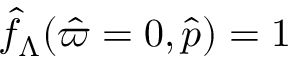
\hat { f } _ { \Lambda } ( \hat { \varpi } = 0 , \hat { p } ) = 1